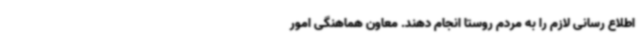
اطلاع رسانی لازم را به مردم روستا انجام دهند. معاون هماهنگی امور